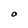
Character: O